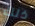
ذلك